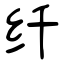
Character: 纤